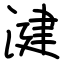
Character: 湕